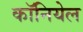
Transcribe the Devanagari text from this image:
कॉनियेल